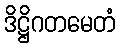
ဒိဋ္ဌိဂတမေတံ